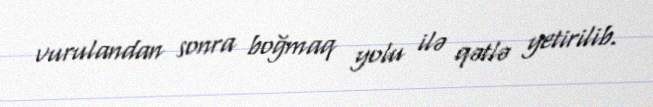
vurulandan sonra boğmaq yolu ilə qətlə yetirilib.